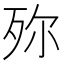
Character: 𣧢